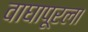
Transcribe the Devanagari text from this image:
वाघापूरला